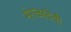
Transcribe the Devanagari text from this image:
मंगळादेवी